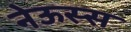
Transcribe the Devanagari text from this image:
नेऊस्स